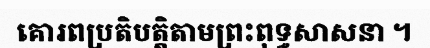
គោរពប្រតិបត្តិតាមព្រះពុទ្ធសាសនា ។